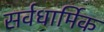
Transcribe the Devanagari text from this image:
सर्वधार्मिक